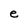
Character: e